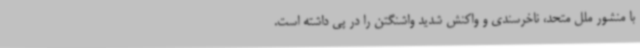
با منشور ملل متحد، ناخرسندی و واکنش شدید واشنگتن را در پی داشته است.